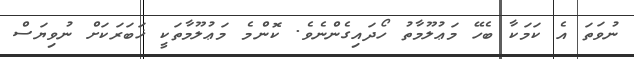
ނުވަތަ އެ ކަމަކާ ބެހޭ މަޢުލޫމާތު ހޯދައިގެންނެވެ. ކޮންމެ މަޢުލޫމާތަކީ ޚަބަރަކަށް ނުވިޔަސް